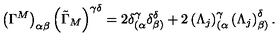
\left( \Gamma ^ { M } \right) _ { \alpha \beta } \left( \tilde { \Gamma } _ { M } \right) ^ { \gamma \delta } = 2 \delta _ { ( \alpha } ^ { \gamma } \delta _ { \beta ) } ^ { \delta } + 2 \left( \Lambda _ { j } \right) _ { ( \alpha } ^ { \gamma } \left( \Lambda _ { j } \right) _ { \beta ) } ^ { \delta } .